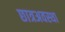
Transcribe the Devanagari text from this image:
छात्रअवस्था